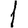
Digit: 1